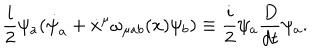
\frac { i } { 2 } \psi _ { a } ( { \dot { \psi } } _ { a } + \dot { x } ^ { \mu } \omega _ { \mu a b } ( x ) \psi _ { b } ) \equiv \frac { i } { 2 } \psi _ { a } \frac { D } { d t } \psi _ { a } .